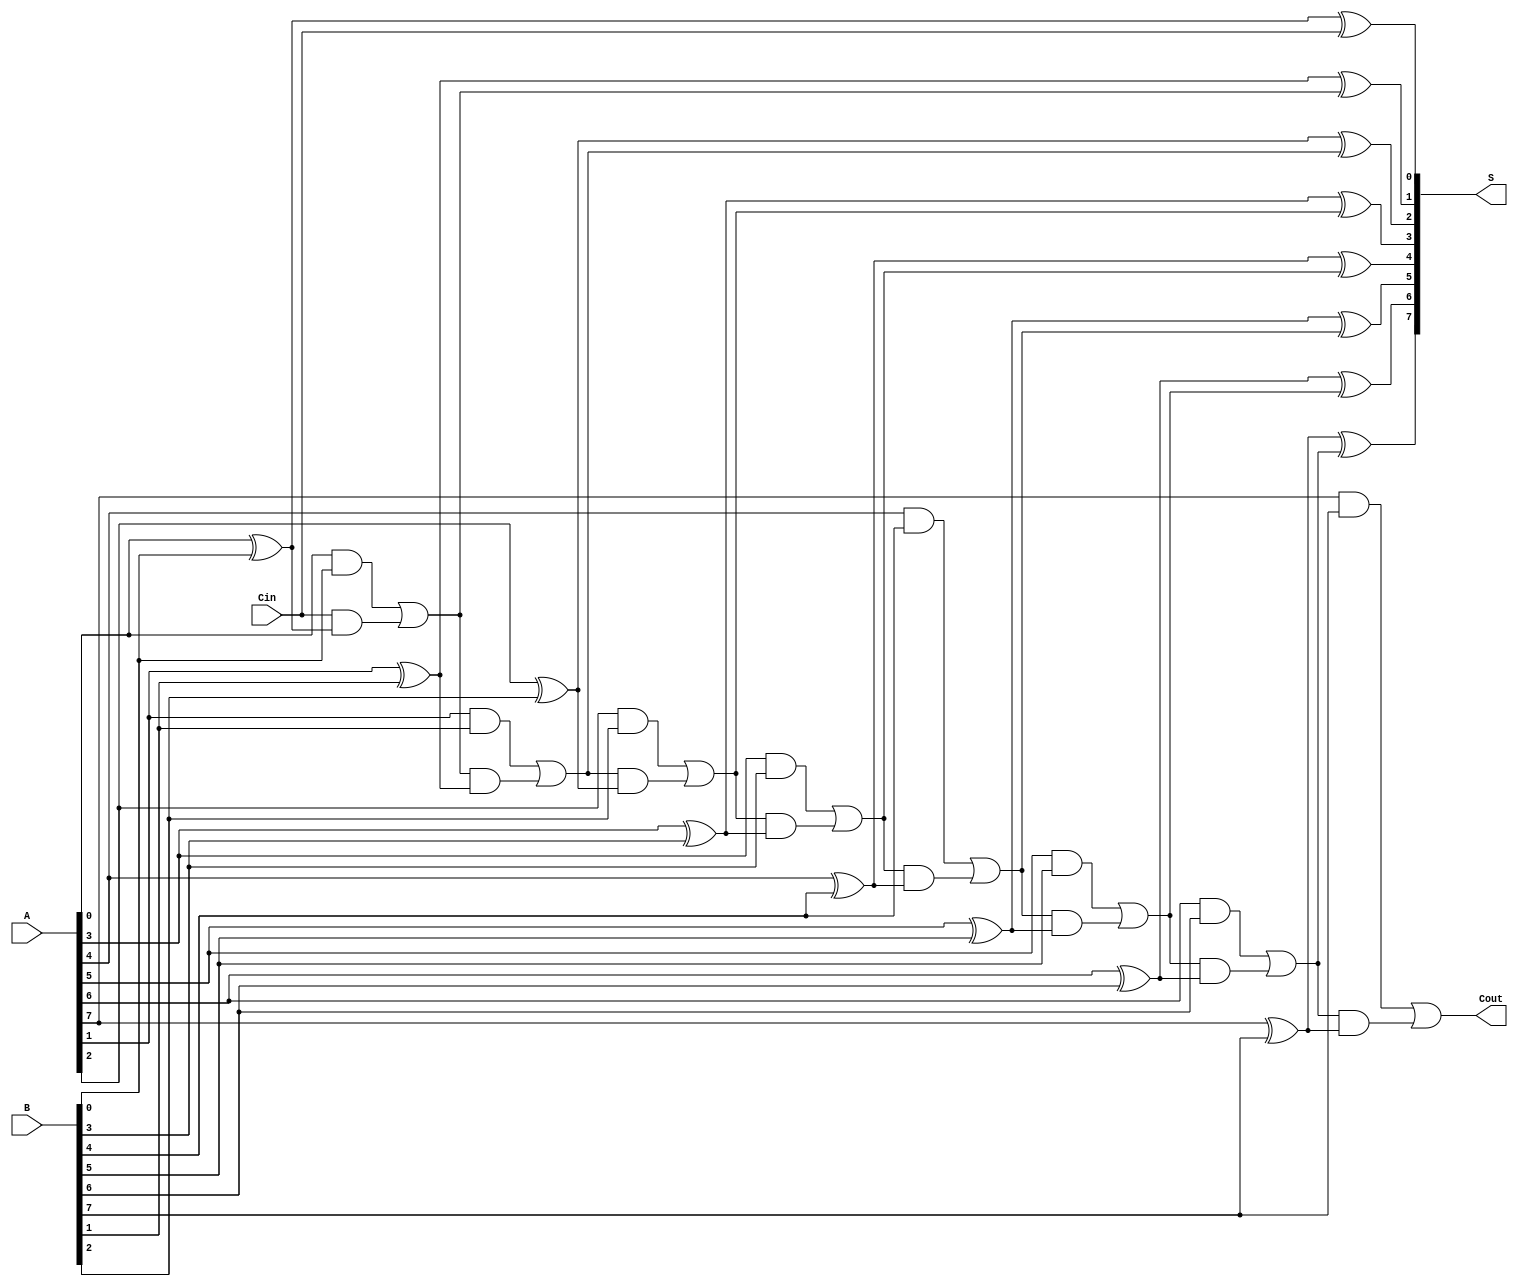
module PrecomputationCarryAdder #(parameter n = 8) (
    input [n-1:0] A,      // First n-bit input
    input [n-1:0] B,      // Second n-bit input
    input Cin,            // Carry-in bit
    output [n-1:0] S,     // n-bit sum output
    output Cout           // Carry-out bit
);

    // Intermediate carry signals
    wire [n:0] carry; // carry[n] for Cout, carry[0] is Cin

    assign carry[0] = Cin; // Initialize carry[0] with Cin

    // Carry Generation Logic
    genvar i;
    generate
        for (i = 0; i < n; i = i + 1) begin : carry_generation
            assign carry[i+1] = (A[i] & B[i]) | (carry[i] & (A[i] ^ B[i]));
        end
    endgenerate

    // Sum Calculation
    generate
        for (i = 0; i < n; i = i + 1) begin : sum_calculation
            assign S[i] = A[i] ^ B[i] ^ carry[i];
        end
    endgenerate

    // Carry-out
    assign Cout = carry[n];

endmodule